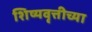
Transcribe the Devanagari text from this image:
शिष्यवृत्तीच्या